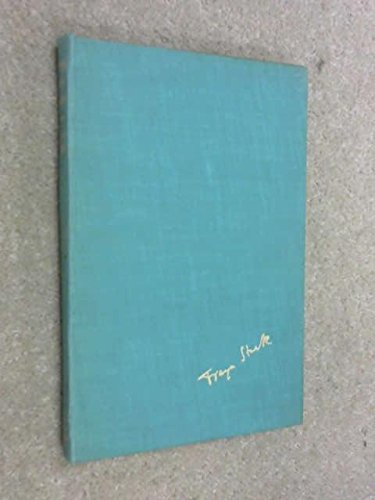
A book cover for LETTERS FROM SYRIA (Import); Freya Stark; Travel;